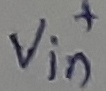
Text: +Vin